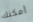
أمكنك